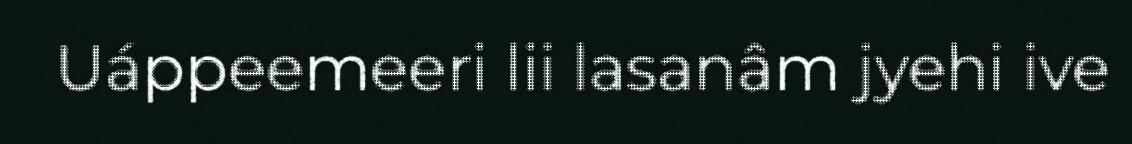
Uáppeemeeri lii lasanâm jyehi ive